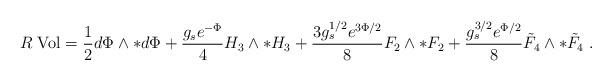
LaTeX: \begin{align*}R \; \mbox{Vol} = \frac{1}{2} d\Phi \wedge {*}d\Phi + \frac{g_s e^{-\Phi}}{4} H_3 \wedge {*}H_3 +\frac{3 g_s^{1/2} e^{3\Phi/2}}{8} F_2 \wedge {*}F_2 +\frac{g_s^{3/2} e^{\Phi/2}}{8} \tilde F_4 \wedge {*}\tilde F_4 \ .\end{align*}